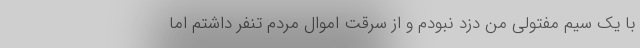
با یک سیم مفتولی من دزد نبودم و از سرقت اموال مردم تنفر داشتم اما